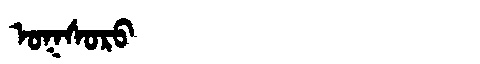
Manchu: ᠣᡴᠰᠣᡵᠣ
Romanization: OKSORO